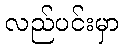
လည်ပင်းမှာ